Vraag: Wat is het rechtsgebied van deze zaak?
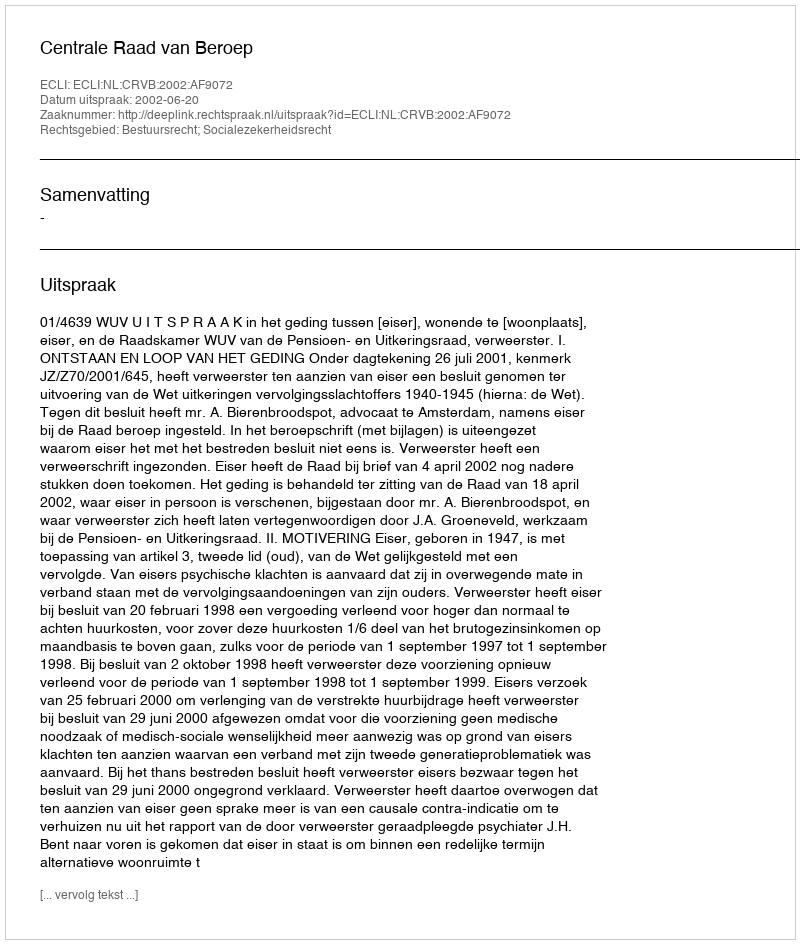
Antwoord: Bestuursrecht; Socialezekerheidsrecht